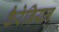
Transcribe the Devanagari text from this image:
कैरेबियन्